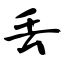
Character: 丢